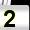
Digit: 2